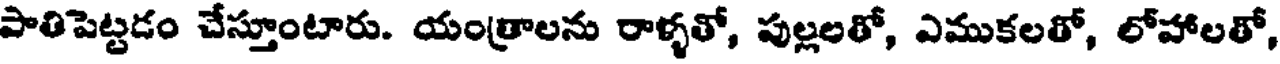
పాతిపెట్టడం చేస్తూంటారు. యంత్రాలను రాళ్ళతో, పుల్లలతో, ఎముకలతో, లోహాలతో,